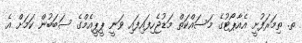
ތ. ތިމަރަފުށީ އެއާޕޯޓުގެ މަސައްކަތް މަޑުޖެހިފައިފައި ވަނީ ޕީޕީއެމްގެ ސަބަބުން ކަމަށް އެ